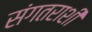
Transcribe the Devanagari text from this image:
संगतराशी